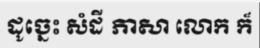
ដូច្នេះ សំដី ភាសា លោក ក៏